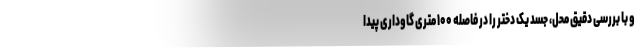
و با بررسی دقیق محل، جسد یک دختر را در فاصله ۱۰۰ متری گاوداری پیدا